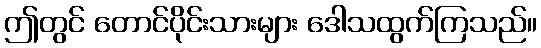
ဤတွင် တောင်ပိုင်းသားများ ဒေါသထွက်ကြသည်။